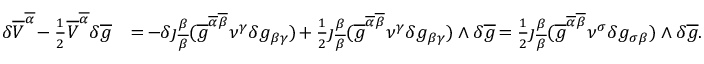
\begin{array} { r l } { \delta \overline { { V } } ^ { \overline { { \alpha } } } \! - \frac { 1 } { 2 } \overline { { V } } ^ { \overline { { \alpha } } } \delta \overline { { g } } } & { = \! - \delta \jmath _ { \overline { { \beta } } } ^ { \beta } ( \overline { { g } } ^ { \overline { { \alpha } } \overline { { \beta } } } \nu ^ { \gamma } \delta g _ { \beta \gamma } ) \! + \frac { 1 } { 2 } \jmath _ { \overline { { \beta } } } ^ { \beta } ( \overline { { g } } ^ { \overline { { \alpha } } \overline { { \beta } } } \nu ^ { \gamma } \delta g _ { \beta \gamma } ) \wedge \delta \overline { { g } } \! = \frac { 1 } { 2 } \jmath _ { \overline { { \beta } } } ^ { \beta } ( \overline { { g } } ^ { \overline { { \alpha } } \overline { { \beta } } } \nu ^ { \sigma } \delta g _ { \sigma \beta } ) \wedge \delta \overline { { g } } . } \end{array}